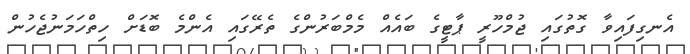
އެނގިފައިވާ ގޮތުގައި ޖުމްހޫރީ ޕާޓީގެ ބައެއް މެމްބަރުންގެ ތެރޭގައި އެންމެ ބޮޑަށް ހިތްހަމަނުޖެހުން